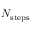
N _ { \mathrm { s t e p s } }